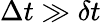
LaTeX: \Delta t\gg\delta t